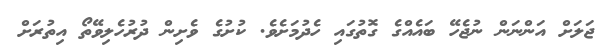
ޖަލަށް އަންނަން ނުޖެހޭ ބައެއްގެ ގޮތުގައި ހެދުމަށެވެ. ކުށުގެ ވެށިން ދުރުހެލިވޭތޯ އިތުރަށް